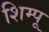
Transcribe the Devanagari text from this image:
शिम्पू